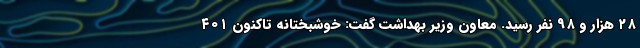
۲۸ هزار و ۹۸ نفر رسید. معاون وزیر بهداشت گفت: خوشبختانه تاکنون ۴۰۱